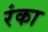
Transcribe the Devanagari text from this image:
रंका